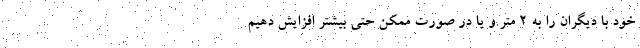
خود با دیگران را به 2 متر و یا در صورت ممکن حتی بیشتر افزایش دهیم